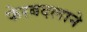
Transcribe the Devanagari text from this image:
फेरबदलाने